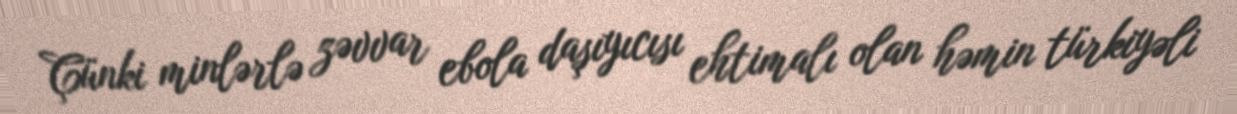
Çünki minlərlə zəvvar ebola daşıyıcısı ehtimalı olan həmin türkiyəli